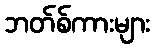
ဘတ်စ်ကားများ